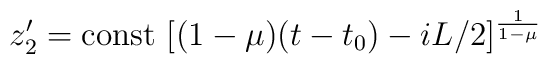
z'_2 = {\rm const}~ [(1-\mu )(t-t_0) - iL/2]^{\frac{1}{1-\mu }}